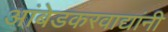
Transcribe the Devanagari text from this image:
आंबेडकरवाद्यांनी